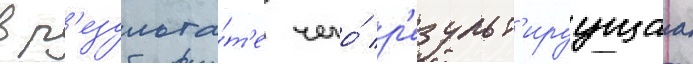
в р'езульта́т'е чего́ р'езульт'ируущаа